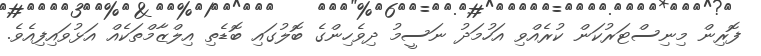
ފޮރިން މިނިސްޓަރުކަން ކުރެއްވި އަހުމަދު ނަސީމު ދިވެހިންގެ ބޮލުގައި ބޮޑެތި އިލްޒާމްތަކެއް އަޅުވައިފިއެވެ.